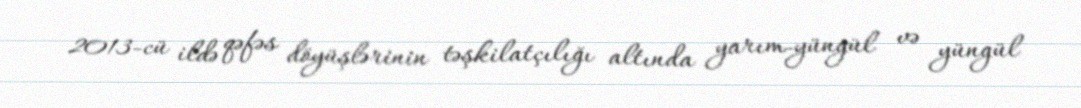
2013-cü ildə qəfəs döyüşlərinin təşkilatçılığı altında yarım-yüngül və yüngül